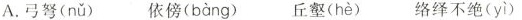
A.弓弩( nǔ ) 依傍( bàng ) 丘壑( hè ) 络绎不绝( yì )